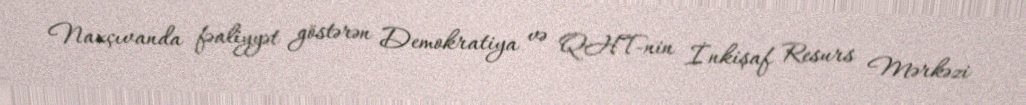
Naxçıvanda fəaliyyət göstərən Demokratiya və QHT-nin İnkişaf Resurs Mərkəzi